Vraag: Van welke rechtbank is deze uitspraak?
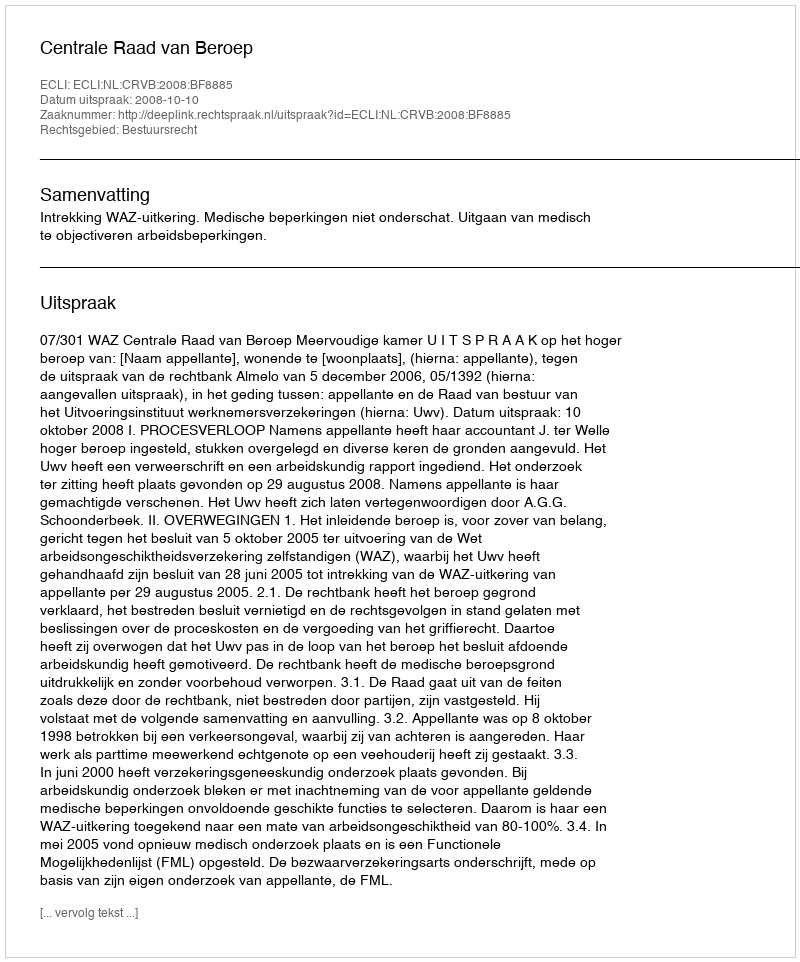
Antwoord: Centrale Raad van Beroep